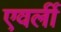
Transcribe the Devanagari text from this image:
एवर्ली